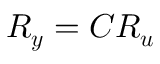
\boldsymbol { R _ { y } } = \boldsymbol { C } \boldsymbol { R _ { u } }